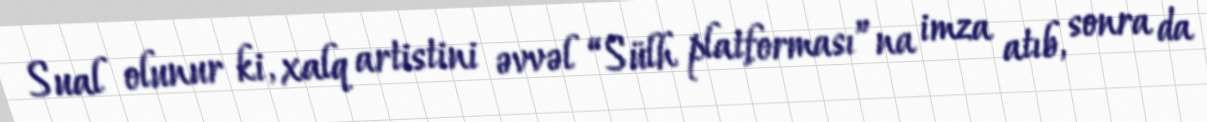
Sual olunur ki, xalq artistini əvvəl “Sülh platforması”na imza atıb, sonra da